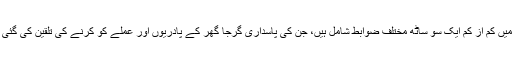
اس میں کم از کم ایک سو ساٹھ مختلف ضوابط شامل ہیں، جن کی پاسداری گرجا گھر کے پادریوں اور عملے کو کرنے کی تلقین کی گئی ہے۔